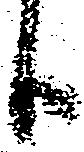
分